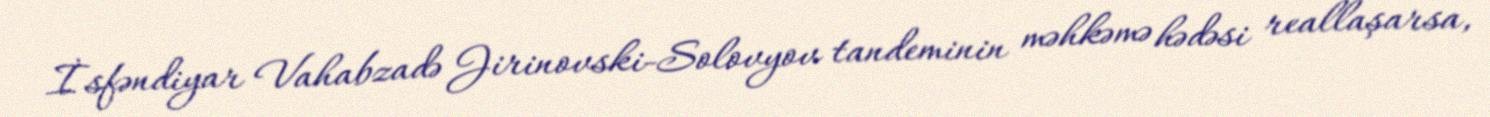
İsfəndiyar Vahabzadə Jirinovski-Solovyov tandeminin məhkəmə hədəsi reallaşarsa,